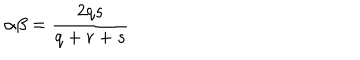
LaTeX: \alpha \beta = \frac { 2 q s } { q + r + s }